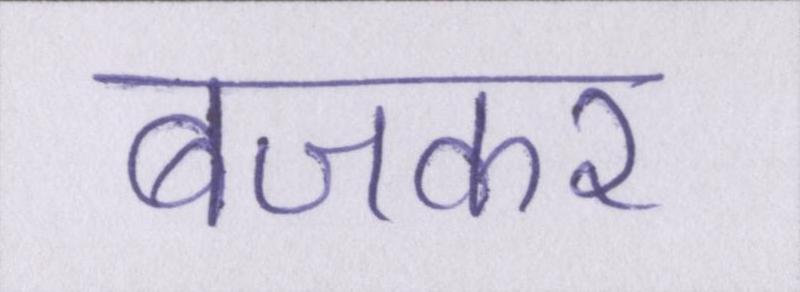
बजकर